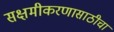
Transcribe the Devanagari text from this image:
सक्षमीकरणासाठीचा